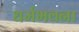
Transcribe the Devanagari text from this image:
धर्मभवना